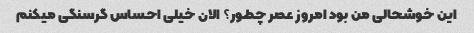
این خوشحالی من بود امروز عصر چطور؟ الان خیلی احساس گرسنگی میکنم